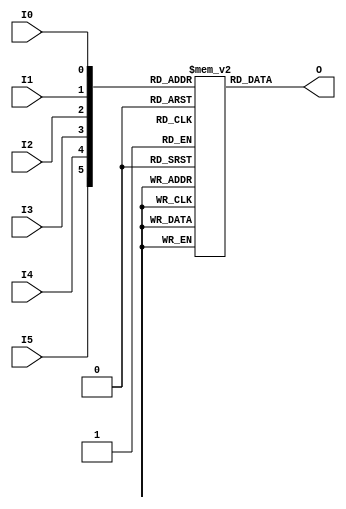
/***************************************************************************
 *                                                                         *
 *   LUT6.v - Simulates the Xilinx (Virtex5) primitive of the same name    *
 *     for use with Icarus Verilog.                                        *
 *                                                                         *
 *   WILL NOT SYNTHESISE!                                                  *
 *                                                                         *
 *   Copyright (C) 2007 by Patrick Suggate                                 *
 *   patrick@physics.otago.ac.nz                                           *
 *                                                                         *
 *   This program is free software; you can redistribute it and/or modify  *
 *   it under the terms of the GNU General Public License as published by  *
 *   the Free Software Foundation; either version 2 of the License, or     *
 *   (at your option) any later version.                                   *
 *                                                                         *
 *   This program is distributed in the hope that it will be useful,       *
 *   but WITHOUT ANY WARRANTY; without even the implied warranty of        *
 *   MERCHANTABILITY or FITNESS FOR A PARTICULAR PURPOSE.  See the         *
 *   GNU General Public License for more details.                          *
 *                                                                         *
 *   You should have received a copy of the GNU General Public License     *
 *   along with this program; if not, write to the                         *
 *   Free Software Foundation, Inc.,                                       *
 *   59 Temple Place - Suite 330, Boston, MA  02111-1307, USA.             *
 ***************************************************************************/

`timescale 1ns/100ps
module LUT6 (O, I0, I1, I2, I3, I4, I5);

parameter	INIT	= 64'h0000_0000_0000_0000;
output	O;
input	I0, I1, I2, I3, I4, I5;

reg	O;
reg	lut_rom [0:63];

integer	i;
initial begin : Init
	for (i=0; i<64; i=i+1)
		lut_rom [i]	= INIT [i];
end	// Init

always @(I5, I4, I3, I2, I1, I0)
	O	<= lut_rom [{I5, I4, I3, I2, I1, I0}];

endmodule	// LUT6